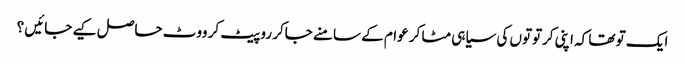
ایک تو تھا کہ اپنی کرتوتوں کی سیاہی مٹا کر عوام کے سامنے جاکر رو پیٹ کر ووٹ حاصل کیے جائیں ؟